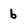
Character: b